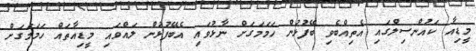
މީޑިއާ ކައުންސިލްގައި އެތިއްބެވި ބޭފުޅުން ހަމަމަގަށް ނާޅުވައި އެބޭފުޅުން ލައްވައި މީޑިއާތައް ހަމަމަގަށް